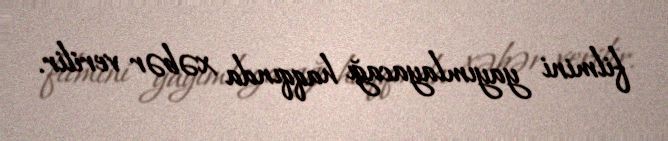
filmini yayımlayacağı haqqında xəbər verilir.